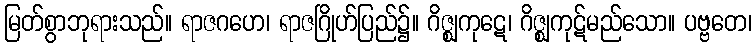
မြတ်စွာဘုရားသည်။ ရာဇဂဟေ၊ ရာဇဂြိုဟ်ပြည်၌။ ဂိဇ္ဈကုဋေ၊ ဂိဇ္ဈကုဋ်မည်သော။ ပဗ္ဗတေ၊